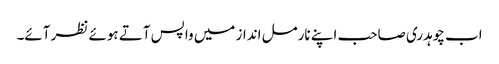
اب چوہدری صاحب اپنے نارمل انداز میں واپس آتے ہوئے نظر آئے۔